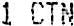
1 CTN